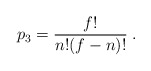
\begin{align*}p_3 = { f! \over n!(f-n)!} \;. \end{align*}